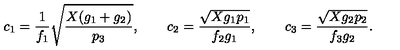
c _ { 1 } = \frac { 1 } { f _ { 1 } } \sqrt { \frac { X ( g _ { 1 } + g _ { 2 } ) } { p _ { 3 } } } , \qquad c _ { 2 } = \frac { \sqrt { X g _ { 1 } p _ { 1 } } } { f _ { 2 } g _ { 1 } } , \qquad c _ { 3 } = \frac { \sqrt { X g _ { 2 } p _ { 2 } } } { f _ { 3 } g _ { 2 } } .